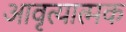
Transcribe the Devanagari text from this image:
आवृत्यात्मक